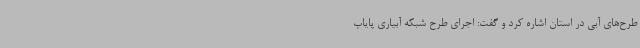
طرح‌های آبی در استان اشاره کرد و گفت: اجرای طرح شبکه آبیاری پایاب